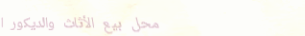
محل بيع الأثاث والديكور ا